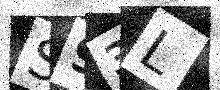
Text: S93L